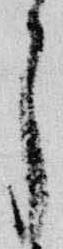
了